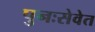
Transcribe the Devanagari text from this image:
पुनःसेवेत